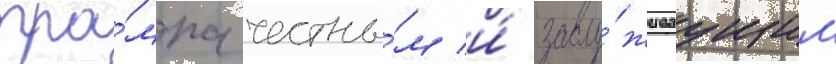
тра́мпа честны́м и́ заслу́живаущим